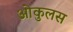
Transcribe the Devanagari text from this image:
ओकुलस